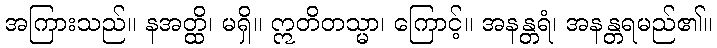
အကြားသည်။ နအတ္ထိ၊ မရှိ။ ဣတိတသ္မာ၊ ကြောင့်။ အနန္တရံ၊ အနန္တရမည်၏။